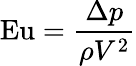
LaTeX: \mathrm{Eu}={\frac{\Delta{}p}{\rho V^{2}}}